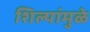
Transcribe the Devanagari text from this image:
शिल्पांमुळे